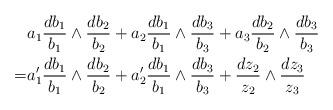
LaTeX: \begin{align*} & a_1 \frac{d b_1}{b_1} \wedge \frac{d b_2}{b_2}+a_2 \frac{d b_1}{b_1} \wedge \frac{d b_3 }{b_3} +a_3 \frac{d b_2}{b_2} \wedge \frac{db_3 }{b_3}\\=& a_1' \frac{d b_1}{b_1} \wedge \frac{d b_2}{b_2}+a_2' \frac{d b_1}{b_1} \wedge \frac{d b_3 }{b_3} + \frac{d z_2}{z_2} \wedge \frac{dz_3 }{z_3}\end{align*}